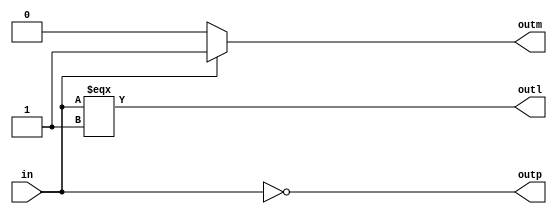
module test(outp, outm, outl, in);
  output outp, outm, outl;
  input in;

  // Check a primitive.
  assign #1 outp = ~in;

  // Check a multiplexer.
  assign #1 outm = in ? in : 1'b0;

  // Check a LPM.
  assign #1 outl = in === 1'b1;
endmodule